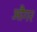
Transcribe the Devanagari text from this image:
औगर